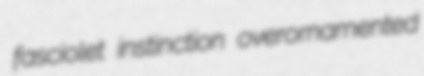
fasciolet instinction overornamented